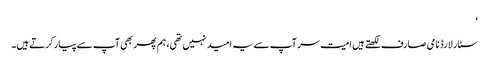
‘
سٹار لارڈ نامی صارف لکھتے ہیں امیت سر آپ سے یہ امید نہیں تھی، ہم پھر بھی آپ سے پیار کرتے ہیں۔